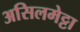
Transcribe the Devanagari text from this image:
असिलमेट्टा